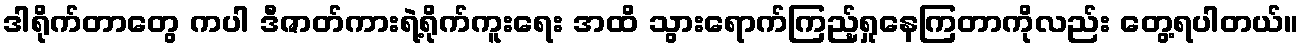
ဒါရိုက်တာတွေ ကပါ ဒီဇာတ်ကားရဲ့ရိုက်ကူးရေး အထိ သွားရောက်ကြည့်ရှုနေကြတာကိုလည်း တွေ့ရပါတယ်။